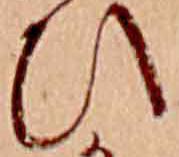
ひ